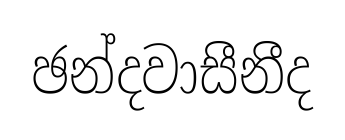
ඡන්දවාසීනීද